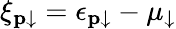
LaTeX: \xi_{\mathbf{p}\downarrow}=\epsilon_{\mathbf{p}\downarrow}-\mu_{\downarrow}